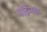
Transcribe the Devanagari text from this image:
मॉडेमचा